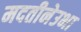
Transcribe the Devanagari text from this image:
मदतीनेउभा